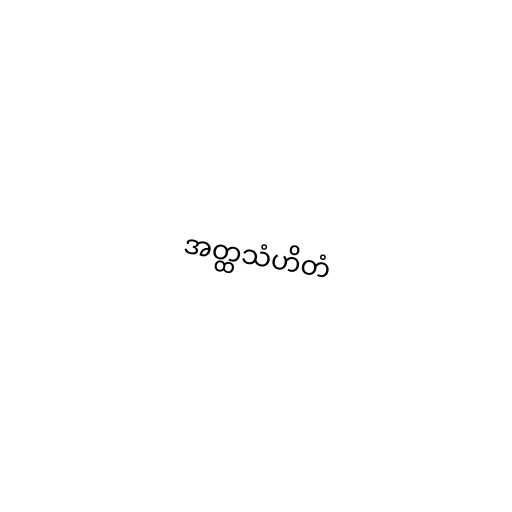
အတ္ထသံဟိတံ